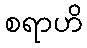
စရာဟိ